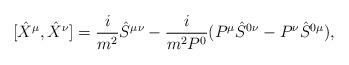
LaTeX: \begin{align*}[\hat{X }^{\mu },\hat{X}^{\nu }]=\frac{i}{m^2}\hat{S}^{\mu\nu }-\frac{i}{m^2P^0}(P^{\mu }\hat{S}^{0\nu }-P^{\nu }\hat{S}^{0\mu }),\end{align*}